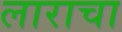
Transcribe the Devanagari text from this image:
लाराचा